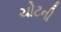
ચોટની